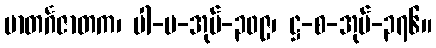
မာတင်္ဂဇာတက၊ ပါ-ပ-အုပ်-၃၀၉၊ ဋ္ဌ-စ-အုပ်-၃၇၆။